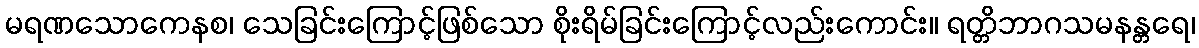
မရဏသောကေနစ၊ သေခြင်းကြောင့်ဖြစ်သော စိုးရိမ်ခြင်းကြောင့်လည်းကောင်း။ ရတ္တိဘာဂသမနန္တရေ၊